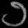
Digit: ၁